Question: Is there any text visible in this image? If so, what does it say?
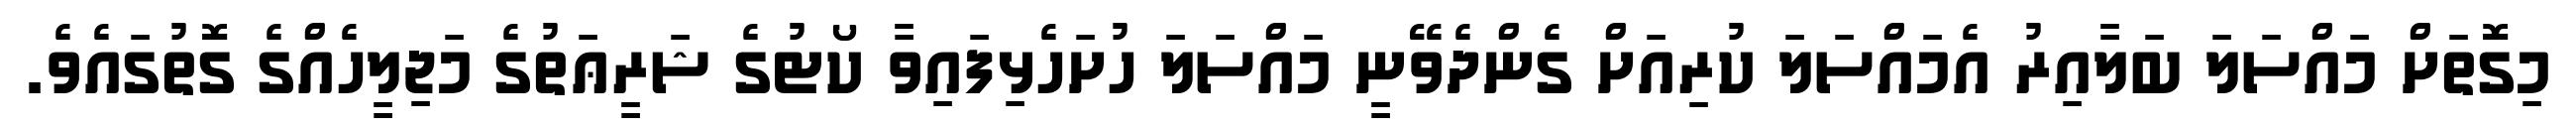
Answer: މިގޮތަށް މައްސަލަ ބަލާއިރު އެމައްސަލަ ކުރިއަށް ގެންދެވޭނީ މައްސަލަ ހުށަހެޅިފައިވާ ކޯޓުގެ ޝަރީޢަތުގެ މަޖިލީހެއްގެ ގޮތުގައެވެ.